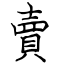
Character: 賣